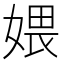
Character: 㛱